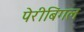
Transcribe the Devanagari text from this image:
पेरीबिंगल